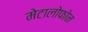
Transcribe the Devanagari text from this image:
मेटालोफोन